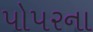
પોપરના